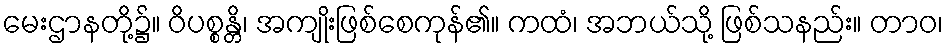
မေးဌာနတို့၌။ ဝိပစ္စန္တိ၊ အကျိုးဖြစ်စေကုန်၏။ ကထံ၊ အဘယ်သို့ ဖြစ်သနည်း။ တာဝ၊